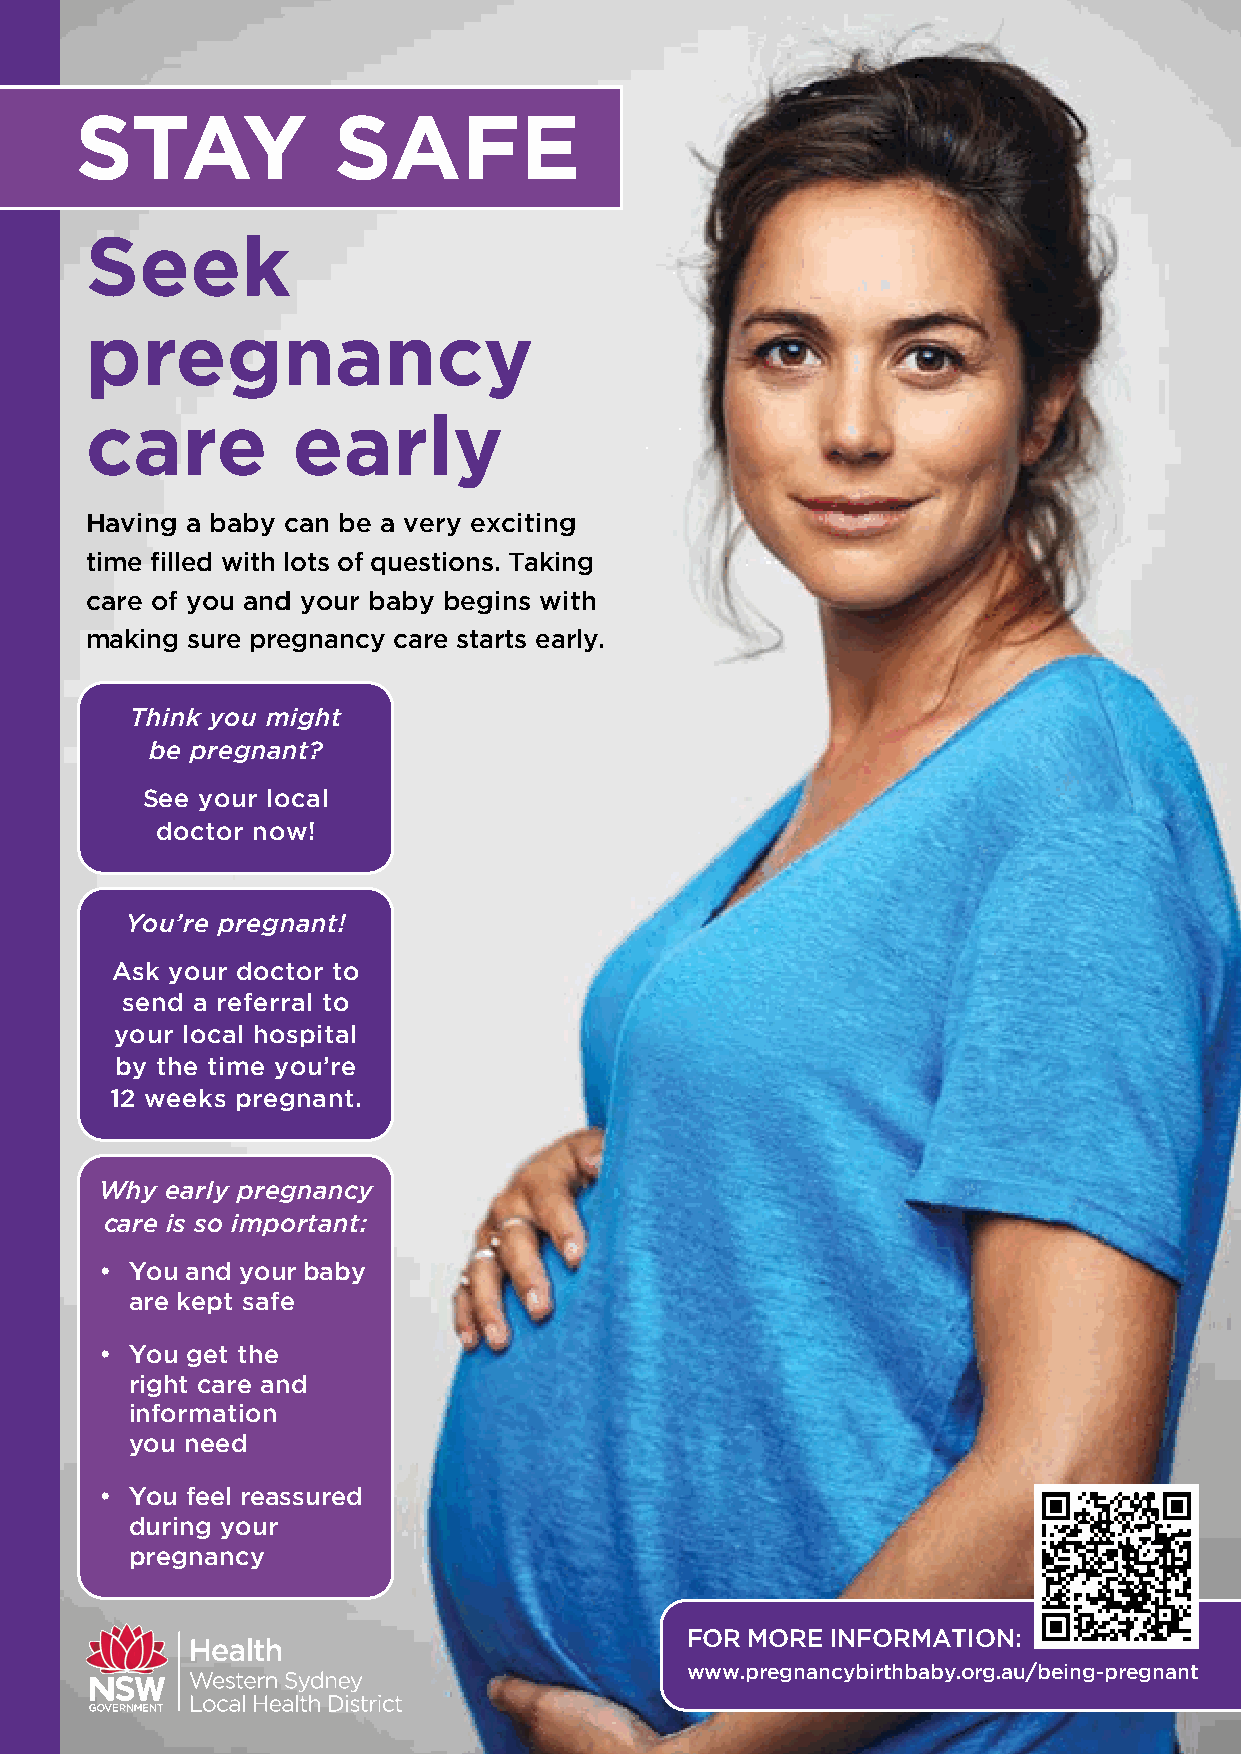
STAY             SAFE
 Seek
 pregnancy
 care         early
 Having a baby can be a very exciting
 time filled with lots of questions. Taking
 care of you and your baby begins with
 making sure pregnancy care starts early.
 Think you might
 be pregnant?
 See your local
 doctor now!
 You’re pregnant!
 Ask your doctor to
 send a referral to
 your local hospital
 by the time you’re
 12 weeks pregnant.
 Why early pregnancy
 care is so important:
 • You and your baby
 are kept safe
 • You get the
 right care and
 information
 you need
 • You feel reassured
 during your
 pregnancy
 FOR MORE  INFORMATION:
 www.pregnancybirthbaby.org.au/being-pregnant